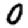
Digit: 0